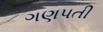
ગણપતી